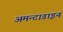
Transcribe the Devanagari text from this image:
अमन्टाडाइन